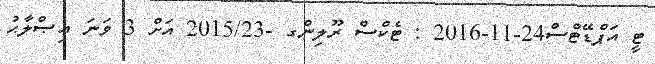
ޓީ އަޕްޑޭޓްސް24-11-2016 : ޓެކްސް ރޫލިންގ -2015/23 އަށް 3 ވަނަ އިޞްލާޙު